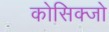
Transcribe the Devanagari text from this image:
कोसिक्जो